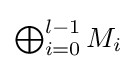
{\textstyle \bigoplus _{i=0}^{l-1}M_{i}}